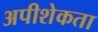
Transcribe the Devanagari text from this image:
अपीशेकता